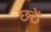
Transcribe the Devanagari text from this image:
छ्ठें